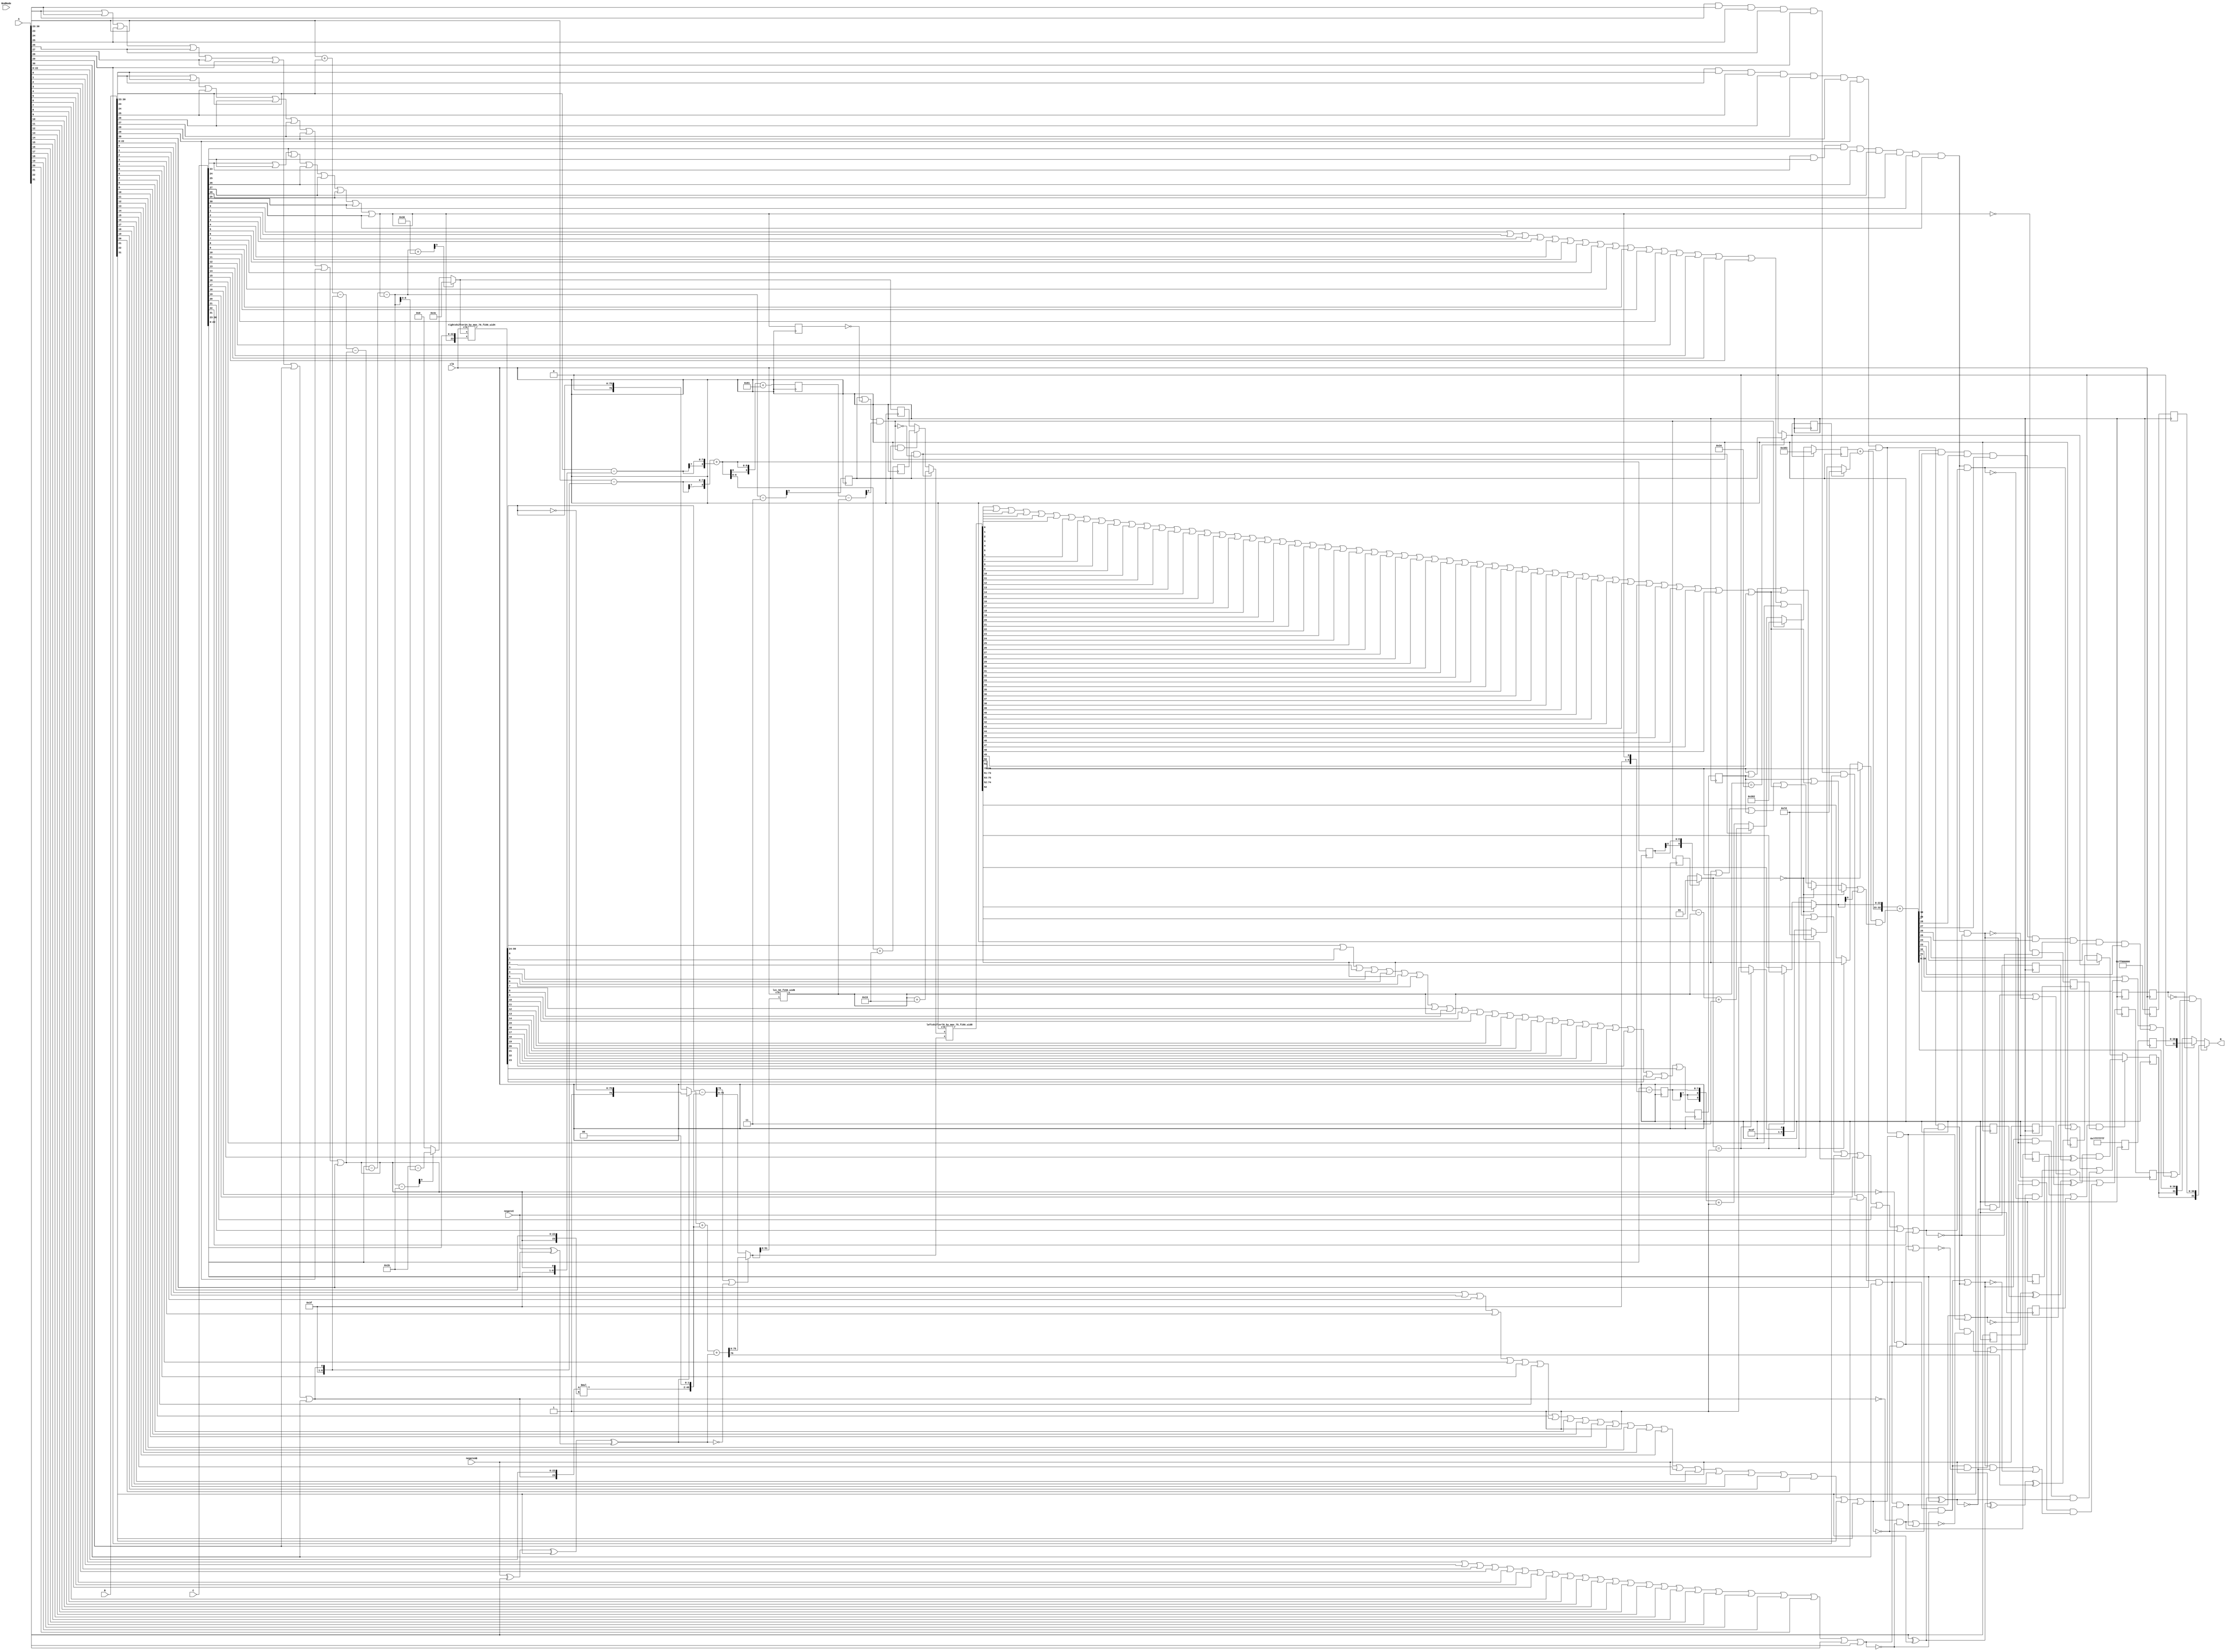
/* Generated by Yosys 0.13+37 (git sha1 675a7bd22, clang 11.0.1-2 -fPIC -Os) */

module IEEEFMA_S(clk, A, B, C, negateAB, negateC, RndMode, R);
  reg _000_;
  reg _001_;
  wire _002_;
  wire _003_;
  wire _004_;
  wire _005_;
  wire _006_;
  wire _007_;
  wire _008_;
  wire _009_;
  wire _010_;
  wire _011_;
  reg _012_;
  wire _013_;
  wire _014_;
  wire _015_;
  wire _016_;
  wire _017_;
  wire [7:0] _018_;
  wire [7:0] _019_;
  wire [8:0] _020_;
  wire _021_;
  wire _022_;
  reg _023_;
  wire _024_;
  wire _025_;
  wire _026_;
  wire _027_;
  wire _028_;
  wire _029_;
  wire _030_;
  wire _031_;
  wire _032_;
  wire _033_;
  reg [7:0] _034_;
  wire _035_;
  wire _036_;
  wire _037_;
  wire _038_;
  wire _039_;
  wire _040_;
  wire _041_;
  wire _042_;
  wire _043_;
  wire _044_;
  reg _045_;
  wire _046_;
  wire _047_;
  wire _048_;
  wire _049_;
  wire _050_;
  wire _051_;
  wire _052_;
  wire _053_;
  wire _054_;
  wire _055_;
  reg [6:0] _056_;
  wire _057_;
  wire _058_;
  wire _059_;
  wire _060_;
  wire _061_;
  wire _062_;
  wire _063_;
  wire _064_;
  wire _065_;
  wire _066_;
  reg _067_;
  wire _068_;
  wire _069_;
  wire _070_;
  wire _071_;
  wire _072_;
  wire _073_;
  wire _074_;
  wire _075_;
  wire _076_;
  wire _077_;
  reg _078_;
  wire _079_;
  wire _080_;
  wire _081_;
  wire _082_;
  wire _083_;
  wire _084_;
  wire _085_;
  wire _086_;
  wire _087_;
  wire _088_;
  reg _089_;
  wire _090_;
  wire _091_;
  wire _092_;
  wire _093_;
  wire _094_;
  wire _095_;
  wire _096_;
  wire _097_;
  wire _098_;
  wire _099_;
  reg [9:0] _100_;
  wire _101_;
  wire _102_;
  wire _103_;
  wire _104_;
  wire _105_;
  wire _106_;
  wire _107_;
  wire [7:0] _108_;
  wire _109_;
  wire _110_;
  reg _111_;
  reg _112_;
  wire _113_;
  wire _114_;
  wire [9:0] _115_;
  wire [9:0] _116_;
  wire [9:0] _117_;
  wire [9:0] _118_;
  wire [9:0] _119_;
  wire [9:0] _120_;
  wire [9:0] _121_;
  wire [9:0] _122_;
  reg _123_;
  wire [6:0] _124_;
  wire [6:0] _125_;
  wire [6:0] _126_;
  wire [99:0] _127_;
  wire _128_;
  wire _129_;
  wire _130_;
  wire _131_;
  wire _132_;
  wire _133_;
  reg _134_;
  wire _135_;
  wire _136_;
  wire _137_;
  wire _138_;
  wire _139_;
  wire _140_;
  wire _141_;
  wire _142_;
  wire _143_;
  wire _144_;
  reg [8:0] _145_;
  wire _146_;
  wire _147_;
  wire _148_;
  wire _149_;
  wire _150_;
  wire _151_;
  wire _152_;
  wire [47:0] _153_;
  wire _154_;
  wire [76:0] _155_;
  reg [9:0] _156_;
  wire [75:0] _157_;
  wire [76:0] _158_;
  wire [76:0] _159_;
  wire [76:0] _160_;
  wire _161_;
  wire _162_;
  wire _163_;
  wire _164_;
  wire _165_;
  wire [75:0] _166_;
  reg [30:0] _167_;
  wire [5:0] _168_;
  wire [9:0] _169_;
  wire [9:0] _170_;
  wire _171_;
  wire _172_;
  wire _173_;
  wire _174_;
  wire _175_;
  wire _176_;
  wire _177_;
  reg [30:0] _178_;
  wire _179_;
  wire _180_;
  wire _181_;
  wire _182_;
  wire _183_;
  wire _184_;
  wire [8:0] _185_;
  wire [6:0] _186_;
  wire _187_;
  wire _188_;
  reg [30:0] _189_;
  wire [6:0] _190_;
  wire _191_;
  wire [6:0] _192_;
  wire [150:0] _193_;
  wire [9:0] _194_;
  wire [9:0] _195_;
  wire [9:0] _196_;
  wire [9:0] _197_;
  wire _198_;
  wire _199_;
  reg [30:0] _200_;
  wire [9:0] _201_;
  wire [9:0] _202_;
  wire _203_;
  wire _204_;
  wire _205_;
  wire _206_;
  wire _207_;
  wire _208_;
  wire _209_;
  wire _210_;
  reg _211_;
  wire _212_;
  wire _213_;
  wire _214_;
  wire _215_;
  wire _216_;
  wire _217_;
  wire _218_;
  wire _219_;
  wire _220_;
  wire _221_;
  reg _222_;
  reg _223_;
  wire _224_;
  wire _225_;
  wire _226_;
  wire _227_;
  wire _228_;
  wire _229_;
  wire _230_;
  wire _231_;
  wire _232_;
  wire _233_;
  wire _234_;
  wire _235_;
  wire _236_;
  wire _237_;
  wire _238_;
  wire _239_;
  wire _240_;
  wire _241_;
  wire _242_;
  wire _243_;
  wire _244_;
  wire _245_;
  wire _246_;
  wire _247_;
  wire _248_;
  wire _249_;
  wire _250_;
  wire _251_;
  wire _252_;
  wire _253_;
  wire _254_;
  wire _255_;
  wire _256_;
  wire _257_;
  wire [1:0] _258_;
  wire _259_;
  wire [22:0] _260_;
  wire _261_;
  wire [22:0] _262_;
  wire _263_;
  wire _264_;
  wire _265_;
  wire _266_;
  wire _267_;
  wire _268_;
  wire _269_;
  wire _270_;
  wire _271_;
  wire _272_;
  wire _273_;
  wire _274_;
  wire _275_;
  wire _276_;
  wire _277_;
  wire _278_;
  wire _279_;
  wire _280_;
  wire [9:0] _281_;
  wire _282_;
  wire [9:0] _283_;
  wire _284_;
  wire [9:0] _285_;
  wire [9:0] _286_;
  wire [32:0] _287_;
  wire _288_;
  wire _289_;
  wire _290_;
  wire _291_;
  wire _292_;
  wire _293_;
  wire _294_;
  wire _295_;
  wire _296_;
  wire _297_;
  wire _298_;
  wire _299_;
  wire _300_;
  wire _301_;
  wire [31:0] _302_;
  wire [31:0] _303_;
  wire _304_;
  wire _305_;
  reg _306_;
  wire _307_;
  wire _308_;
  wire _309_;
  wire _310_;
  wire _311_;
  wire _312_;
  wire _313_;
  wire _314_;
  wire _315_;
  wire _316_;
  reg [8:0] _317_;
  wire _318_;
  wire _319_;
  wire _320_;
  wire _321_;
  wire _322_;
  wire _323_;
  wire _324_;
  wire _325_;
  wire _326_;
  wire _327_;
  reg _328_;
  wire _329_;
  wire _330_;
  wire _331_;
  wire _332_;
  wire _333_;
  wire _334_;
  wire _335_;
  wire _336_;
  wire _337_;
  wire _338_;
  reg _339_;
  wire _340_;
  wire _341_;
  wire _342_;
  wire _343_;
  wire _344_;
  wire _345_;
  wire _346_;
  wire _347_;
  wire _348_;
  wire _349_;
  reg _350_;
  wire _351_;
  wire _352_;
  wire _353_;
  wire _354_;
  wire _355_;
  wire _356_;
  wire _357_;
  wire _358_;
  wire _359_;
  wire _360_;
  reg _361_;
  wire _362_;
  wire _363_;
  wire _364_;
  wire _365_;
  wire _366_;
  wire _367_;
  wire _368_;
  wire _369_;
  wire _370_;
  wire _371_;
  input [31:0] A;
  wire [31:0] A;
  input [31:0] B;
  wire [31:0] B;
  input [31:0] C;
  wire [31:0] C;
  output [31:0] R;
  wire [31:0] R;
  input [1:0] RndMode;
  wire [1:0] RndMode;
  wire [7:0] aexp;
  wire [7:0] aexpfield;
  wire [8:0] aexpplusbexp;
  wire [8:0] aexpplusbexp_d1;
  wire ahasnonnullsig;
  wire aisinf;
  wire aisinfornan;
  wire aisnan;
  wire aisnormal;
  wire aiszero;
  wire aiszero_d1;
  wire asgn;
  wire asgn_d1;
  wire [23:0] asig;
  wire [22:0] asigfield;
  wire [7:0] bexp;
  wire [7:0] bexpfield;
  wire bhasnonnullsig;
  wire [76:0] bigsum;
  wire [76:0] bigsum2;
  wire [75:0] bigsumabs;
  wire [51:0] bigsumabslowerbits;
  wire [150:0] bigsumnormd;
  wire bisinf;
  wire bisinfornan;
  wire bisnan;
  wire bisnormal;
  wire biszero;
  wire biszero_d1;
  wire bsgn;
  wire bsgn_d1;
  wire [23:0] bsig;
  wire [22:0] bsigfield;
  wire [7:0] cexp;
  wire [7:0] cexp_d1;
  wire [7:0] cexpfield;
  wire chasnonnullsig;
  wire cisinf;
  wire cisinfornan;
  wire cisnan;
  wire cisnormal;
  wire cisnormal_d1;
  wire ciszero;
  wire ciszero_d1;
  input clk;
  wire clk;
  wire csgn;
  wire csgn_d1;
  wire [23:0] csig;
  wire [22:0] csigfield;
  wire [76:0] csiginverted;
  wire [99:0] csigshifted;
  wire [75:0] csigshiftedt;
  wire effectivesub;
  wire [9:0] expdiff;
  wire expdiffnotlarge;
  wire [9:0] expdiffprepare;
  wire expdiffsmall;
  wire expdiffsmall_d1;
  wire expdiffverysmall;
  wire [9:0] exponentresult1;
  wire [9:0] exptentative;
  wire [9:0] exptentative_d1;
  wire [9:0] expupdate;
  wire finalrisinf;
  wire [1:0] fracleadingbits;
  wire [1:0] fracleadingbitsnormal;
  wire [22:0] fracresultnormd;
  wire fracresultroundbit;
  wire fracresultstickybit;
  wire [26:0] fractentative;
  wire [5:0] \ieeefma_8_23_f150_uid2leadingzerocounter:576 ;
  wire [30:0] inf;
  wire [30:0] inf_d1;
  wire [30:0] inf_d2;
  wire [5:0] l;
  wire [30:0] nan;
  wire [30:0] nan_d1;
  wire [30:0] nan_d2;
  input negateAB;
  wire negateAB;
  input negateC;
  wire negateC;
  wire negateab_d1;
  wire negatec_d1;
  wire [150:0] \normalizationshifter:640 ;
  wire [6:0] normshiftvalue;
  wire [47:0] p;
  wire [75:0] paligned;
  wire [32:0] resultbeforeround;
  wire [32:0] resultrounded;
  wire [99:0] \rightshiftercomponent:471 ;
  wire risnan;
  wire risnan_d1;
  wire risnan_d2;
  wire rissubnormal;
  wire rissubnormal_d1;
  wire riszero;
  wire riszero_d1;
  wire round;
  wire roverflowed;
  wire rsgn;
  wire rsgn_d1;
  wire rsgntentative;
  wire rsgntentative_d1;
  wire [6:0] shiftvalue;
  wire [6:0] shiftvalue_d1;
  wire [8:0] shiftvaluecasesubnormal;
  wire [8:0] shiftvaluecasesubnormal_d1;
  wire sticky1;
  wire sticky1_d1;
  wire sticky1_d2;
  wire sticky2;
  wire tentativerisinf;
  wire tentativerisinf_d1;
  wire tentativerisinf_d2;
  wire [9:0] tmpexpcomp1;
  wire [9:0] tmpexpcomp2;
  wire [9:0] tmpexpcomp3;
  wire [9:0] tmpexpcompres1;
  wire [9:0] tmpexpcompres1_d1;
  wire [9:0] tmpexpcompres2;
  assign _312_ = A[0] | A[1];
  assign _313_ = _312_ | A[2];
  assign _314_ = _313_ | A[3];
  assign _315_ = _314_ | A[4];
  assign _316_ = _315_ | A[5];
  assign _318_ = _316_ | A[6];
  assign _319_ = _318_ | A[7];
  assign _320_ = _319_ | A[8];
  assign _321_ = _320_ | A[9];
  assign _322_ = _321_ | A[10];
  assign _323_ = _322_ | A[11];
  assign _324_ = _323_ | A[12];
  assign _325_ = _324_ | A[13];
  assign _326_ = _325_ | A[14];
  assign _327_ = _326_ | A[15];
  assign _329_ = _327_ | A[16];
  assign _330_ = _329_ | A[17];
  assign _331_ = _330_ | A[18];
  assign _332_ = _331_ | A[19];
  assign _333_ = _332_ | A[20];
  assign _334_ = _333_ | A[21];
  assign _335_ = _334_ | A[22];
  assign _336_ = ~ aisnormal;
  assign _337_ = ~ ahasnonnullsig;
  assign _338_ = _336_ & _337_;
  assign _340_ = ~ ahasnonnullsig;
  assign _341_ = aisinfornan & _340_;
  assign _342_ = aisinfornan & ahasnonnullsig;
  assign _343_ = B[23] | B[24];
  assign _344_ = _343_ | B[25];
  assign _345_ = _344_ | B[26];
  assign _346_ = _345_ | B[27];
  assign _347_ = _346_ | B[28];
  assign _348_ = _347_ | B[29];
  assign _349_ = _348_ | B[30];
  assign _351_ = B[23] & B[24];
  assign _352_ = _351_ & B[25];
  assign _353_ = _352_ & B[26];
  assign _354_ = _353_ & B[27];
  assign _355_ = _354_ & B[28];
  assign _356_ = _355_ & B[29];
  assign _357_ = _356_ & B[30];
  assign _358_ = B[0] | B[1];
  assign _359_ = _358_ | B[2];
  assign _360_ = _359_ | B[3];
  assign _362_ = _360_ | B[4];
  assign _363_ = _362_ | B[5];
  assign _364_ = _363_ | B[6];
  assign _365_ = _364_ | B[7];
  assign _366_ = _365_ | B[8];
  assign _367_ = _366_ | B[9];
  assign _368_ = _367_ | B[10];
  assign _369_ = _368_ | B[11];
  assign _370_ = _369_ | B[12];
  assign _371_ = _370_ | B[13];
  assign _002_ = _371_ | B[14];
  assign _003_ = _002_ | B[15];
  assign _004_ = _003_ | B[16];
  assign _005_ = _004_ | B[17];
  assign _006_ = _005_ | B[18];
  assign _007_ = _006_ | B[19];
  assign _008_ = _007_ | B[20];
  assign _009_ = _008_ | B[21];
  assign _010_ = _009_ | B[22];
  assign _011_ = ~ bisnormal;
  assign _013_ = ~ bhasnonnullsig;
  assign _014_ = _011_ & _013_;
  assign _015_ = ~ bhasnonnullsig;
  assign _016_ = bisinfornan & _015_;
  assign _017_ = bisinfornan & bhasnonnullsig;
  assign _018_ = aexpfield - { 7'h3f, aisnormal };
  assign _019_ = bexpfield - { 7'h3f, bisnormal };
  assign _020_ = { aexp[7], aexp } + { bexp[7], bexp };
  assign _021_ = C[23] | C[24];
  assign _022_ = _021_ | C[25];
  assign _024_ = _022_ | C[26];
  assign _025_ = _024_ | C[27];
  assign _026_ = _025_ | C[28];
  assign _027_ = _026_ | C[29];
  assign _028_ = _027_ | C[30];
  assign _029_ = C[23] & C[24];
  assign _030_ = _029_ & C[25];
  assign _031_ = _030_ & C[26];
  assign _032_ = _031_ & C[27];
  assign _033_ = _032_ & C[28];
  assign _035_ = _033_ & C[29];
  assign _036_ = _035_ & C[30];
  assign _037_ = C[0] | C[1];
  assign _038_ = _037_ | C[2];
  assign _039_ = _038_ | C[3];
  assign _040_ = _039_ | C[4];
  assign _041_ = _040_ | C[5];
  assign _042_ = _041_ | C[6];
  assign _043_ = _042_ | C[7];
  assign _044_ = _043_ | C[8];
  assign _046_ = _044_ | C[9];
  assign _047_ = _046_ | C[10];
  assign _048_ = _047_ | C[11];
  assign _049_ = _048_ | C[12];
  assign _050_ = _049_ | C[13];
  assign _051_ = _050_ | C[14];
  assign _052_ = _051_ | C[15];
  assign _053_ = _052_ | C[16];
  assign _054_ = _053_ | C[17];
  assign _055_ = _054_ | C[18];
  assign _057_ = _055_ | C[19];
  assign _058_ = _057_ | C[20];
  assign _059_ = _058_ | C[21];
  assign _060_ = _059_ | C[22];
  assign _061_ = ~ cisnormal;
  assign _062_ = ~ chasnonnullsig;
  assign _063_ = _061_ & _062_;
  assign _064_ = ~ chasnonnullsig;
  assign _065_ = cisinfornan & _064_;
  assign _066_ = cisinfornan & chasnonnullsig;
  assign _068_ = aisnan | bisnan;
  assign _069_ = _068_ | cisnan;
  assign _070_ = aisinf | bisinf;
  assign _071_ = _070_ & cisinf;
  assign _072_ = asgn ^ bsgn;
  always @(posedge clk)
    _000_ <= asgn;
  assign _073_ = _072_ ^ csgn;
  assign _074_ = _071_ & _073_;
  assign _075_ = _069_ | _074_;
  assign _076_ = biszero | bisnan;
  assign _077_ = ~ _076_;
  assign _079_ = aisinf & _077_;
  assign _080_ = aiszero | aisnan;
  assign _081_ = ~ _080_;
  assign _082_ = bisinf & _081_;
  assign _083_ = _079_ | _082_;
  always @(posedge clk)
    _111_ <= aiszero;
  assign _084_ = ~ cisnan;
  assign _085_ = _083_ & _084_;
  assign _086_ = asgn ^ bsgn;
  assign _087_ = _086_ ^ csgn;
  assign _088_ = ~ _087_;
  assign _090_ = cisinf & _088_;
  assign _091_ = ~ cisinf;
  assign _092_ = _090_ | _091_;
  assign _093_ = _085_ & _092_;
  assign _094_ = aisnan | bisnan;
  always @(posedge clk)
    _222_ <= bsgn;
  assign _095_ = ~ _094_;
  assign _096_ = cisinf & _095_;
  assign _097_ = aisinf | bisinf;
  assign _098_ = asgn ^ bsgn;
  assign _099_ = _098_ ^ csgn;
  assign _101_ = ~ _099_;
  assign _102_ = _097_ & _101_;
  assign _103_ = aisinf | bisinf;
  assign _104_ = ~ _103_;
  assign _105_ = _102_ | _104_;
  always @(posedge clk)
    _306_ <= biszero;
  assign _106_ = _096_ & _105_;
  assign _107_ = _093_ | _106_;
  assign _108_ = cexpfield - { 7'h3f, cisnormal };
  always @(posedge clk)
    _317_ <= aexpplusbexp;
  assign _109_ = negateAB ^ asgn;
  assign _110_ = _109_ ^ bsgn;
  assign _113_ = negateC ^ csgn;
  assign _114_ = _110_ ^ _113_;
  always @(posedge clk)
    _328_ <= csgn;
  assign _115_ = { 2'h0, aexpfield } + { 2'h0, bexpfield };
  always @(posedge clk)
    _339_ <= cisnormal;
  assign _116_ = _115_ - { 9'h03f, aisnormal };
  assign _117_ = _116_ - { 9'h000, bisnormal };
  always @(posedge clk)
    _350_ <= ciszero;
  assign _118_ = { 2'h0, cexpfield } - expdiffprepare;
  always @(posedge clk)
    _361_ <= risnan;
  assign _119_ = _118_ - { 9'h000, cisnormal };
  always @(posedge clk)
    _001_ <= risnan_d1;
  assign _120_ = expdiff + 10'h030;
  assign _121_ = expdiff - 10'h003;
  always @(posedge clk)
    _012_ <= tentativerisinf;
  assign _122_ = expdiff - 10'h01b;
  always @(posedge clk)
    _023_ <= tentativerisinf_d1;
  assign _124_ = expdiffverysmall ? 7'h4c : _126_;
  assign _125_ = 7'h1b - expdiff[6:0];
  assign _126_ = expdiffnotlarge ? _125_ : 7'h00;
  always @(posedge clk)
    _034_ <= cexp;
  assign _128_ = csigshifted[0] | csigshifted[1];
  assign _129_ = _128_ | csigshifted[2];
  always @(posedge clk)
    _045_ <= expdiffsmall;
  assign _130_ = _129_ | csigshifted[3];
  assign _131_ = _130_ | csigshifted[4];
  assign _132_ = _131_ | csigshifted[5];
  assign _133_ = _132_ | csigshifted[6];
  assign _135_ = _133_ | csigshifted[7];
  always @(posedge clk)
    _056_ <= shiftvalue;
  assign _136_ = _135_ | csigshifted[8];
  assign _137_ = _136_ | csigshifted[9];
  assign _138_ = _137_ | csigshifted[10];
  assign _139_ = _138_ | csigshifted[11];
  assign _140_ = _139_ | csigshifted[12];
  always @(posedge clk)
    _067_ <= sticky1;
  assign _141_ = _140_ | csigshifted[13];
  assign _142_ = _141_ | csigshifted[14];
  assign _143_ = _142_ | csigshifted[15];
  assign _144_ = _143_ | csigshifted[16];
  assign _146_ = _144_ | csigshifted[17];
  always @(posedge clk)
    _078_ <= sticky1_d1;
  assign _147_ = _146_ | csigshifted[18];
  assign _148_ = _147_ | csigshifted[19];
  assign _149_ = _148_ | csigshifted[20];
  assign _150_ = _149_ | csigshifted[21];
  assign _151_ = _150_ | csigshifted[22];
  always @(posedge clk)
    _089_ <= rsgntentative;
  assign _152_ = _151_ | csigshifted[23];
  assign _153_ = $signed({ 24'h000000, asig }) * $signed({ 24'h000000, bsig });
  always @(posedge clk)
    _100_ <= tmpexpcompres1;
  assign _154_ = ~ effectivesub;
  assign _155_ = _154_ ? { 1'h0, csigshiftedt } : { 1'h1, _157_ };
  assign _157_ = ~ csigshiftedt;
  always @(posedge clk)
    _112_ <= rissubnormal;
  assign _158_ = csiginverted + { 1'h0, paligned };
  always @(posedge clk)
    _123_ <= riszero;
  assign _159_ = _158_ + { 76'h0000000000000000000, effectivesub };
  always @(posedge clk)
    _134_ <= rsgn;
  assign _160_ = { 1'h0, csigshiftedt } - { 1'h0, paligned };
  assign _161_ = asgn ^ bsgn;
  assign _162_ = _161_ ^ negateAB;
  assign _163_ = _162_ ^ bigsum[76];
  always @(posedge clk)
    _145_ <= shiftvaluecasesubnormal;
  assign _164_ = ~ effectivesub;
  assign _165_ = bigsum2[76] | _164_;
  assign _166_ = _165_ ? bigsum[75:0] : bigsum2[75:0];
  always @(posedge clk)
    _156_ <= exptentative;
  assign _169_ = { aexpplusbexp[8], aexpplusbexp } + 10'h081;
  always @(posedge clk)
    _167_ <= inf;
  assign _170_ = tmpexpcompres1_d1 - { 4'h0, l };
  assign _171_ = ~ cisnormal_d1;
  assign _172_ = expdiffsmall_d1 | _171_;
  assign _173_ = _172_ & tmpexpcompres2[9];
  always @(posedge clk)
    _178_ <= inf_d1;
  assign _174_ = l == 6'h34;
  assign _175_ = _174_ ? expdiffsmall_d1 : 1'h0;
  always @(posedge clk)
    _189_ <= nan;
  assign _176_ = asgn_d1 ^ bsgn_d1;
  assign _177_ = _176_ ^ negateab_d1;
  assign _179_ = csgn_d1 ^ negatec_d1;
  assign _180_ = _177_ & _179_;
  assign _181_ = aiszero_d1 | biszero_d1;
  assign _182_ = _181_ & ciszero_d1;
  assign _183_ = _182_ ? _180_ : _184_;
  assign _184_ = riszero ? 1'h0 : rsgntentative_d1;
  always @(posedge clk)
    _200_ <= nan_d1;
  assign _185_ = aexpplusbexp + 9'h099;
  always @(posedge clk)
    _211_ <= negateAB;
  assign _186_ = { 1'h0, l } + 7'h19;
  assign _187_ = ~ rissubnormal;
  assign _188_ = expdiffsmall_d1 & _187_;
  assign _190_ = _188_ ? _186_ : _192_;
  assign _191_ = expdiffsmall_d1 & rissubnormal;
  assign _192_ = _191_ ? shiftvaluecasesubnormal_d1[6:0] : shiftvalue_d1;
  always @(posedge clk)
    _223_ <= negateC;
  assign _194_ = riszero ? 10'h383 : _195_;
  assign _195_ = rissubnormal ? 10'h382 : _201_;
  assign _196_ = { aexpplusbexp_d1[8], aexpplusbexp_d1 } - { 4'h0, l };
  assign _197_ = _196_ + 10'h003;
  assign _198_ = ~ rissubnormal;
  assign _199_ = expdiffsmall_d1 & _198_;
  assign _201_ = _199_ ? _197_ : _202_;
  assign _202_ = { cexp_d1[7], cexp_d1[7], cexp_d1 } + 10'h001;
  assign _203_ = bigsumnormd[0] | bigsumnormd[1];
  assign _204_ = _203_ | bigsumnormd[2];
  assign _205_ = _204_ | bigsumnormd[3];
  assign _206_ = _205_ | bigsumnormd[4];
  assign _207_ = _206_ | bigsumnormd[5];
  assign _208_ = _207_ | bigsumnormd[6];
  assign _209_ = _208_ | bigsumnormd[7];
  assign _210_ = _209_ | bigsumnormd[8];
  assign _212_ = _210_ | bigsumnormd[9];
  assign _213_ = _212_ | bigsumnormd[10];
  assign _234_ = A[23] | A[24];
  assign _214_ = _213_ | bigsumnormd[11];
  assign _215_ = _214_ | bigsumnormd[12];
  assign _216_ = _215_ | bigsumnormd[13];
  assign _217_ = _216_ | bigsumnormd[14];
  assign _218_ = _217_ | bigsumnormd[15];
  assign _219_ = _218_ | bigsumnormd[16];
  assign _220_ = _219_ | bigsumnormd[17];
  assign _221_ = _220_ | bigsumnormd[18];
  assign _224_ = _221_ | bigsumnormd[19];
  assign _225_ = _224_ | bigsumnormd[20];
  assign _245_ = _234_ | A[25];
  assign _226_ = _225_ | bigsumnormd[21];
  assign _227_ = _226_ | bigsumnormd[22];
  assign _228_ = _227_ | bigsumnormd[23];
  assign _229_ = _228_ | bigsumnormd[24];
  assign _230_ = _229_ | bigsumnormd[25];
  assign _231_ = _230_ | bigsumnormd[26];
  assign _232_ = _231_ | bigsumnormd[27];
  assign _233_ = _232_ | bigsumnormd[28];
  assign _235_ = _233_ | bigsumnormd[29];
  assign _236_ = _235_ | bigsumnormd[30];
  assign _256_ = _245_ | A[26];
  assign _237_ = _236_ | bigsumnormd[31];
  assign _238_ = _237_ | bigsumnormd[32];
  assign _239_ = _238_ | bigsumnormd[33];
  assign _240_ = _239_ | bigsumnormd[34];
  assign _241_ = _240_ | bigsumnormd[35];
  assign _242_ = _241_ | bigsumnormd[36];
  assign _243_ = _242_ | bigsumnormd[37];
  assign _244_ = _243_ | bigsumnormd[38];
  assign _246_ = _244_ | bigsumnormd[39];
  assign _247_ = _246_ | bigsumnormd[40];
  assign _267_ = _256_ | A[27];
  assign _248_ = _247_ | bigsumnormd[41];
  assign _249_ = _248_ | bigsumnormd[42];
  assign _250_ = _249_ | bigsumnormd[43];
  assign _251_ = _250_ | bigsumnormd[44];
  assign _252_ = _251_ | bigsumnormd[45];
  assign _253_ = _252_ | bigsumnormd[46];
  assign _254_ = _253_ | bigsumnormd[47];
  assign _255_ = _254_ | bigsumnormd[48];
  assign _257_ = _255_ | bigsumnormd[49];
  assign _278_ = _267_ | A[28];
  assign _258_ = rissubnormal_d1 ? 2'h1 : fracleadingbitsnormal;
  assign _259_ = fracleadingbits == 2'h0;
  assign _260_ = _259_ ? fractentative[23:1] : _262_;
  assign _261_ = fracleadingbits == 2'h1;
  assign _262_ = _261_ ? fractentative[24:2] : fractentative[25:3];
  assign _289_ = _278_ | A[29];
  assign _263_ = fracleadingbits == 2'h0;
  assign _264_ = _263_ ? fractentative[0] : _266_;
  assign _265_ = fracleadingbits == 2'h1;
  assign _266_ = _265_ ? fractentative[1] : fractentative[2];
  assign _268_ = sticky1_d2 | sticky2;
  assign _300_ = _289_ | A[30];
  assign _269_ = fracleadingbits == 2'h0;
  assign _270_ = _269_ ? _268_ : _274_;
  assign _271_ = fractentative[0] | sticky1_d2;
  assign _272_ = _271_ | sticky2;
  assign _273_ = fracleadingbits == 2'h1;
  assign _274_ = _273_ ? _272_ : _277_;
  assign _275_ = fractentative[1] | fractentative[0];
  assign _276_ = _275_ | sticky1_d2;
  assign _277_ = _276_ | sticky2;
  assign _279_ = fracresultstickybit | fracresultnormd[0];
  assign _280_ = fracresultroundbit & _279_;
  assign _281_ = riszero_d1 ? 10'h07d : _283_;
  assign _304_ = A[23] & A[24];
  assign _282_ = fracleadingbits == 2'h0;
  assign _283_ = _282_ ? 10'h07d : _285_;
  assign _284_ = fracleadingbits == 2'h1;
  assign _285_ = _284_ ? 10'h07e : 10'h07f;
  assign _305_ = _304_ & A[25];
  assign _286_ = exptentative_d1 + expupdate;
  assign _287_ = resultbeforeround + { 32'h00000000, round };
  assign _288_ = resultrounded[32] | resultrounded[31];
  assign _290_ = resultrounded[30] & resultrounded[29];
  assign _307_ = _305_ & A[26];
  assign _291_ = _290_ & resultrounded[28];
  assign _292_ = _291_ & resultrounded[27];
  assign _293_ = _292_ & resultrounded[26];
  assign _294_ = _293_ & resultrounded[25];
  assign _295_ = _294_ & resultrounded[24];
  assign _296_ = _295_ & resultrounded[23];
  assign _297_ = _288_ | _296_;
  assign _298_ = tentativerisinf_d2 | roverflowed;
  assign _299_ = ~ risnan_d2;
  assign _301_ = _299_ & finalrisinf;
  assign _302_ = _301_ ? { rsgn_d1, inf_d2 } : _303_;
  assign _308_ = _307_ & A[27];
  assign _303_ = risnan_d2 ? { 1'h0, nan_d2 } : { rsgn_d1, resultrounded[30:0] };
  assign _309_ = _308_ & A[28];
  assign _310_ = _309_ & A[29];
  assign _311_ = _310_ & A[30];
  lzc_52_f150_uid6 ieeefma_8_23_f150_uid2leadingzerocounter (
    .clk(clk),
    .i(bigsumabslowerbits),
    .o(_168_)
  );
  leftshifter76_by_max_75_f150_uid8 normalizationshifter (
    .clk(clk),
    .r(_193_),
    .s(normshiftvalue),
    .x(bigsumabs)
  );
  rightshifter24_by_max_76_f150_uid4 rightshiftercomponent (
    .clk(clk),
    .r(_127_),
    .s(shiftvalue),
    .x(csig)
  );
  assign asgn = A[31];
  assign asgn_d1 = _000_;
  assign aexpfield = A[30:23];
  assign asigfield = A[22:0];
  assign aisnormal = _300_;
  assign aisinfornan = _311_;
  assign ahasnonnullsig = _335_;
  assign aiszero = _338_;
  assign aiszero_d1 = _111_;
  assign aisinf = _341_;
  assign aisnan = _342_;
  assign bsgn = B[31];
  assign bsgn_d1 = _222_;
  assign bexpfield = B[30:23];
  assign bsigfield = B[22:0];
  assign bisnormal = _349_;
  assign bisinfornan = _357_;
  assign bhasnonnullsig = _010_;
  assign biszero = _014_;
  assign biszero_d1 = _306_;
  assign bisinf = _016_;
  assign bisnan = _017_;
  assign aexp = _018_;
  assign bexp = _019_;
  assign asig = { aisnormal, asigfield };
  assign bsig = { bisnormal, bsigfield };
  assign aexpplusbexp = _020_;
  assign aexpplusbexp_d1 = _317_;
  assign csgn = C[31];
  assign csgn_d1 = _328_;
  assign cexpfield = C[30:23];
  assign csigfield = C[22:0];
  assign cisnormal = _028_;
  assign cisnormal_d1 = _339_;
  assign cisinfornan = _036_;
  assign chasnonnullsig = _060_;
  assign ciszero = _063_;
  assign ciszero_d1 = _350_;
  assign cisinf = _065_;
  assign cisnan = _066_;
  assign risnan = _075_;
  assign risnan_d1 = _361_;
  assign risnan_d2 = _001_;
  assign tentativerisinf = _107_;
  assign tentativerisinf_d1 = _012_;
  assign tentativerisinf_d2 = _023_;
  assign cexp = _108_;
  assign cexp_d1 = _034_;
  assign effectivesub = _114_;
  assign csig = { cisnormal, csigfield };
  assign expdiffprepare = _117_;
  assign expdiff = _119_;
  assign tmpexpcomp1 = _120_;
  assign expdiffverysmall = tmpexpcomp1[9];
  assign tmpexpcomp2 = _121_;
  assign expdiffsmall = tmpexpcomp2[9];
  assign expdiffsmall_d1 = _045_;
  assign tmpexpcomp3 = _122_;
  assign expdiffnotlarge = tmpexpcomp3[9];
  assign shiftvalue = _124_;
  assign shiftvalue_d1 = _056_;
  assign csigshifted = \rightshiftercomponent:471 ;
  assign sticky1 = _152_;
  assign sticky1_d1 = _067_;
  assign sticky1_d2 = _078_;
  assign csigshiftedt = csigshifted[99:24];
  assign p = _153_;
  assign paligned = { 26'h0000000, p, 2'h0 };
  assign csiginverted = _155_;
  assign bigsum = _159_;
  assign bigsum2 = _160_;
  assign rsgntentative = _163_;
  assign rsgntentative_d1 = _089_;
  assign bigsumabs = _166_;
  assign bigsumabslowerbits = bigsumabs[51:0];
  assign l = \ieeefma_8_23_f150_uid2leadingzerocounter:576 ;
  assign tmpexpcompres1 = _169_;
  assign tmpexpcompres1_d1 = _100_;
  assign tmpexpcompres2 = _170_;
  assign rissubnormal = _173_;
  assign rissubnormal_d1 = _112_;
  assign riszero = _175_;
  assign riszero_d1 = _123_;
  assign rsgn = _183_;
  assign rsgn_d1 = _134_;
  assign shiftvaluecasesubnormal = _185_;
  assign shiftvaluecasesubnormal_d1 = _145_;
  assign normshiftvalue = _190_;
  assign bigsumnormd = \normalizationshifter:640 ;
  assign exptentative = _194_;
  assign exptentative_d1 = _156_;
  assign sticky2 = _257_;
  assign fractentative = bigsumnormd[76:50];
  assign fracleadingbitsnormal = fractentative[26:25];
  assign fracleadingbits = _258_;
  assign fracresultnormd = _260_;
  assign fracresultroundbit = _264_;
  assign fracresultstickybit = _270_;
  assign round = _280_;
  assign expupdate = _281_;
  assign exponentresult1 = _286_;
  assign resultbeforeround = { exponentresult1, fracresultnormd };
  assign resultrounded = _287_;
  assign roverflowed = _297_;
  assign finalrisinf = _298_;
  assign inf = 31'h7f800000;
  assign inf_d1 = _167_;
  assign inf_d2 = _178_;
  assign nan = 31'h7fffffff;
  assign nan_d1 = _189_;
  assign nan_d2 = _200_;
  assign negateab_d1 = _211_;
  assign negatec_d1 = _223_;
  assign \rightshiftercomponent:471  = _127_;
  assign \ieeefma_8_23_f150_uid2leadingzerocounter:576  = _168_;
  assign \normalizationshifter:640  = _193_;
  assign R = _302_;
endmodule

module leftshifter76_by_max_75_f150_uid8(clk, x, s, r);
  reg [6:0] _0_;
  reg [75:0] _1_;
  reg [106:0] _2_;
  wire [76:0] _3_;
  wire [78:0] _4_;
  wire [82:0] _5_;
  wire [90:0] _6_;
  wire [106:0] _7_;
  wire [138:0] _8_;
  wire [202:0] _9_;
  input clk;
  wire clk;
  wire [75:0] level0;
  wire [75:0] level0_d1;
  wire [76:0] level1;
  wire [78:0] level2;
  wire [82:0] level3;
  wire [90:0] level4;
  wire [106:0] level5;
  wire [106:0] level5_d1;
  wire [138:0] level6;
  wire [202:0] level7;
  wire [6:0] ps;
  wire [6:0] ps_d1;
  output [150:0] r;
  wire [150:0] r;
  input [6:0] s;
  wire [6:0] s;
  input [75:0] x;
  wire [75:0] x;
  always @(posedge clk)
    _0_ <= ps;
  always @(posedge clk)
    _1_ <= level0;
  always @(posedge clk)
    _2_ <= level5;
  assign _3_ = ps[0] ? { level0_d1, 1'h0 } : { 1'h0, level0_d1 };
  assign _4_ = ps[1] ? { level1, 2'h0 } : { 2'h0, level1 };
  assign _5_ = ps[2] ? { level2, 4'h0 } : { 4'h0, level2 };
  assign _6_ = ps[3] ? { level3, 8'h00 } : { 8'h00, level3 };
  assign _7_ = ps[4] ? { level4, 16'h0000 } : { 16'h0000, level4 };
  assign _8_ = ps_d1[5] ? { level5_d1, 32'h00000000 } : { 32'h00000000, level5_d1 };
  assign _9_ = ps_d1[6] ? { level6, 64'h0000000000000000 } : { 64'h0000000000000000, level6 };
  assign ps = s;
  assign ps_d1 = _0_;
  assign level0 = x;
  assign level0_d1 = _1_;
  assign level1 = _3_;
  assign level2 = _4_;
  assign level3 = _5_;
  assign level4 = _6_;
  assign level5 = _7_;
  assign level5_d1 = _2_;
  assign level6 = _8_;
  assign level7 = _9_;
  assign r = level7[150:0];
endmodule

module lzc_52_f150_uid6(clk, i, o);
  reg _00_;
  reg _01_;
  reg [14:0] _02_;
  wire _03_;
  wire _04_;
  wire [30:0] _05_;
  wire _06_;
  wire _07_;
  wire [14:0] _08_;
  wire _09_;
  wire _10_;
  wire [6:0] _11_;
  wire _12_;
  wire _13_;
  wire [2:0] _14_;
  wire _15_;
  wire _16_;
  wire _17_;
  wire _18_;
  wire [1:0] _19_;
  input clk;
  wire clk;
  wire digit2;
  wire digit3;
  wire digit4;
  wire digit4_d1;
  wire digit5;
  wire digit5_d1;
  input [51:0] i;
  wire [51:0] i;
  wire [2:0] level2;
  wire [6:0] level3;
  wire [14:0] level4;
  wire [14:0] level4_d1;
  wire [30:0] level5;
  wire [62:0] level6;
  wire [1:0] lowbits;
  output [5:0] o;
  wire [5:0] o;
  wire [3:0] outhighbits;
  assign _09_ = level4_d1[14:7] == 8'h00;
  assign _10_ = _09_ ? 1'h1 : 1'h0;
  assign _11_ = digit3 ? level4_d1[6:0] : level4_d1[14:8];
  assign _12_ = level3[6:3] == 4'h0;
  assign _13_ = _12_ ? 1'h1 : 1'h0;
  assign _14_ = digit2 ? level3[2:0] : level3[6:4];
  assign _15_ = level2 == 3'h0;
  assign _16_ = level2 == 3'h1;
  assign _17_ = level2 == 3'h2;
  assign _18_ = level2 == 3'h3;
  function [1:0] \1041 ;
    input [1:0] a;
    input [7:0] b;
    input [3:0] s;
    (* parallel_case *)
    casez (s)
      4'b???1:
        \1041  = b[1:0];
      4'b??1?:
        \1041  = b[3:2];
      4'b?1??:
        \1041  = b[5:4];
      4'b1???:
        \1041  = b[7:6];
      default:
        \1041  = a;
    endcase
  endfunction
  assign _19_ = \1041 (2'h0, 8'h5b, { _18_, _17_, _16_, _15_ });
  always @(posedge clk)
    _00_ <= digit5;
  always @(posedge clk)
    _01_ <= digit4;
  always @(posedge clk)
    _02_ <= level4;
  assign _03_ = level6[62:31] == 32'd0;
  assign _04_ = _03_ ? 1'h1 : 1'h0;
  assign _05_ = digit5 ? level6[30:0] : level6[62:32];
  assign _06_ = level5[30:15] == 16'h0000;
  assign _07_ = _06_ ? 1'h1 : 1'h0;
  assign _08_ = digit4 ? level5[14:0] : level5[30:16];
  assign level6 = { i, 11'h7ff };
  assign digit5 = _04_;
  assign digit5_d1 = _00_;
  assign level5 = _05_;
  assign digit4 = _07_;
  assign digit4_d1 = _01_;
  assign level4 = _08_;
  assign level4_d1 = _02_;
  assign digit3 = _10_;
  assign level3 = _11_;
  assign digit2 = _13_;
  assign level2 = _14_;
  assign lowbits = _19_;
  assign outhighbits = { digit5_d1, digit4_d1, digit3, digit2 };
  assign o = { outhighbits, lowbits };
endmodule

module rightshifter24_by_max_76_f150_uid4(clk, x, s, r);
  wire [24:0] _0_;
  wire [26:0] _1_;
  wire [30:0] _2_;
  wire [38:0] _3_;
  wire [54:0] _4_;
  wire [86:0] _5_;
  wire [150:0] _6_;
  input clk;
  wire clk;
  wire [23:0] level0;
  wire [24:0] level1;
  wire [26:0] level2;
  wire [30:0] level3;
  wire [38:0] level4;
  wire [54:0] level5;
  wire [86:0] level6;
  wire [150:0] level7;
  wire [6:0] ps;
  output [99:0] r;
  wire [99:0] r;
  input [6:0] s;
  wire [6:0] s;
  input [23:0] x;
  wire [23:0] x;
  assign _0_ = ps[0] ? { 1'h0, level0 } : { level0, 1'h0 };
  assign _1_ = ps[1] ? { 2'h0, level1 } : { level1, 2'h0 };
  assign _2_ = ps[2] ? { 4'h0, level2 } : { level2, 4'h0 };
  assign _3_ = ps[3] ? { 8'h00, level3 } : { level3, 8'h00 };
  assign _4_ = ps[4] ? { 16'h0000, level4 } : { level4, 16'h0000 };
  assign _5_ = ps[5] ? { 32'h00000000, level5 } : { level5, 32'h00000000 };
  assign _6_ = ps[6] ? { 64'h0000000000000000, level6 } : { level6, 64'h0000000000000000 };
  assign ps = s;
  assign level0 = x;
  assign level1 = _0_;
  assign level2 = _1_;
  assign level3 = _2_;
  assign level4 = _3_;
  assign level5 = _4_;
  assign level6 = _5_;
  assign level7 = _6_;
  assign r = level7[150:51];
endmodule